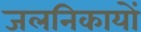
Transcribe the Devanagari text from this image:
जलनिकायों